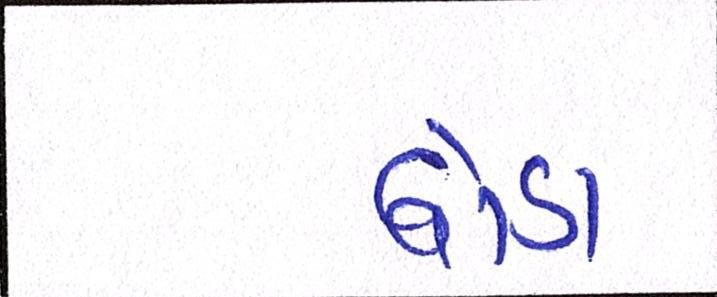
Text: ઘોડા